Report on lock hospitals in British Burma
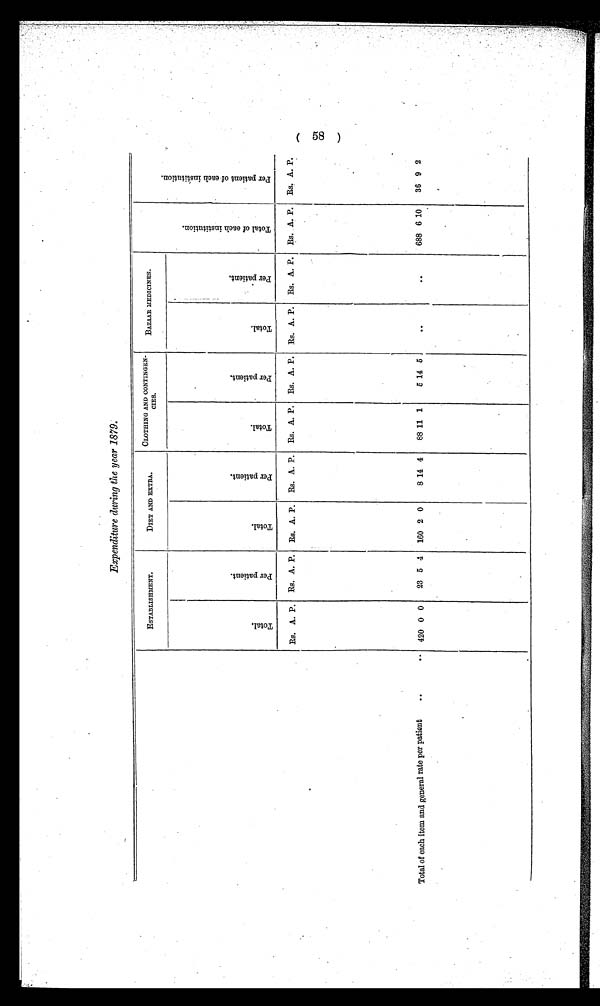
Expenditure during the year 1879.
ESTABLISHMENT.
DIET AND EXTRA.
AND
CLOTHING
CONTINGEN -
C I E S .
BAZAAR MEDICINES.
T o t a l .
P e r P a t i e n t .
T o t a l .
P e r P a t i e n t .
T o t a l .
P e r P a t i e n t .
T o t a l .
P e r P a t i e n t .
T o t a l o f e a c h i n s t i t u t i o n .
P e r P a t i e n t o f e a c h i n s t i t u t i o n
Rs. A. P.
Rs. A. P.
Rs. A. P.
Rs. A. P.
Rs. A. P. Rs. A. P. Rs. A. P.
Rs. A. P.
Rs. A. P.
Rs. A. P.
Total of each item and general rate per patient
..
..
420 0 0
23 5 4
160 2 0
8 14 4
88 11 1
5 14 5
. .
.. ..
688 6 10
36 9 2
(58)